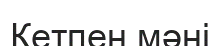
Кетпен мәні